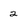
Character: 2